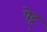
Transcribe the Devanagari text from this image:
पेट्ट्